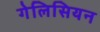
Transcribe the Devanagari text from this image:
गेलिसियन